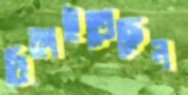
বিকাইতেছেন